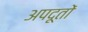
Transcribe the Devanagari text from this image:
अपदूतों